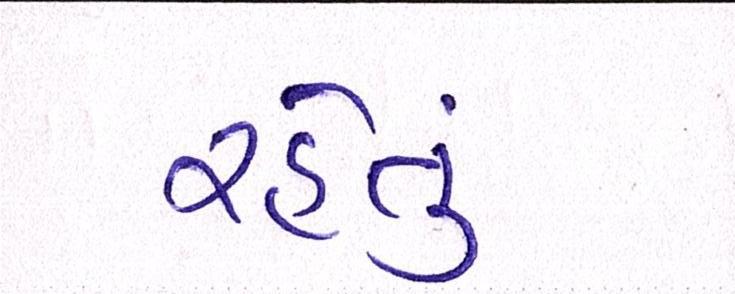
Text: રહેતું